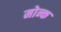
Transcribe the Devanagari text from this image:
मोन्क